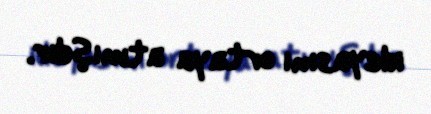
ideyasını ortaya atmışdır.